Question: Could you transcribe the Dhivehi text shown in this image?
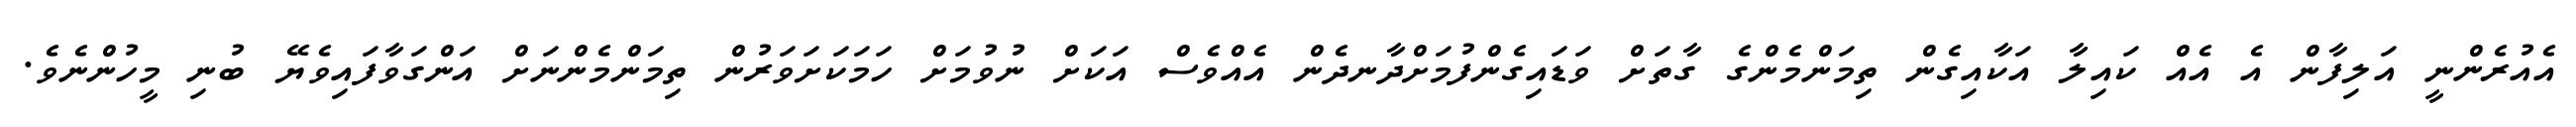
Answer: އެއުރެންނީ އަލިފާން އެ އެއް ކައިލާ އަކާއިގެން ތިމަންމެންގެ ގާތަށް ވަޑައިގެންފުމަށްދާނދެން އެއްވެސް އަކަށް ނުވުމަށް ހަމަކަށަވަރުން ތިމަންމެންނަށް އަންގަވާފައިވެޔޭ ބުނި މީހުންނެވެ.